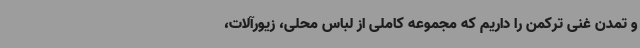
و تمدن غنی ترکمن را داریم که مجموعه کاملی از لباس محلی، زیورآلات،